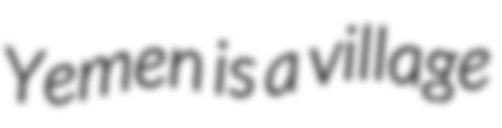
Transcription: Yemen is a village